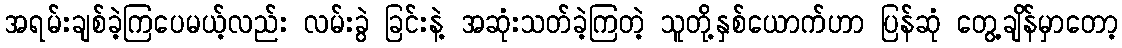
အရမ်းချစ်ခဲ့ကြပေမယ့်လည်း လမ်းခွဲ ခြင်းနဲ့ အဆုံးသတ်ခဲ့ကြတဲ့ သူတို့နှစ်ယောက်ဟာ ပြန်ဆုံ တွေ့ချိန်မှာတော့